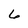
Character: 6